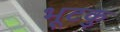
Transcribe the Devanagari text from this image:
भूटकु